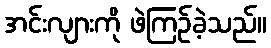
အင်းလျားကို ဖဲကြဉ်ခဲ့သည်။